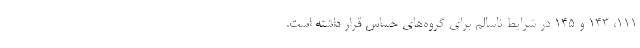
111، 143 و 145 در شرایط ناسالم برای گروه‌های حساس قرار داشته است.